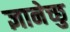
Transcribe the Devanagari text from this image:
ज्ञानेच्छु